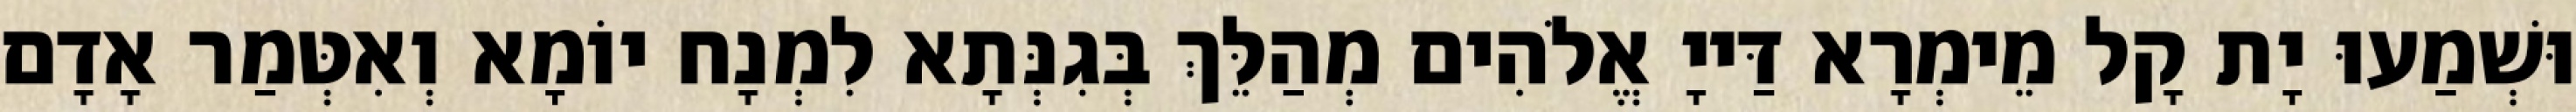
וּשְׁמַעוּ יָת קָל מֵימְרָא דַּייָ אֱלֹהִים מְהַלֵּךְ בְּגִנְּתָא לִמְנָח יוֹמָא וְאִטְּמַר אָדָם